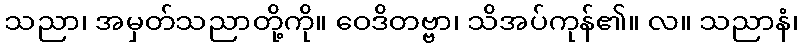
သညာ၊ အမှတ်သညာတို့ကို။ ဝေဒိတဗ္ဗာ၊ သိအပ်ကုန်၏။ လ။ သညာနံ၊